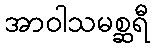
အာဝါသမစ္ဆရီ